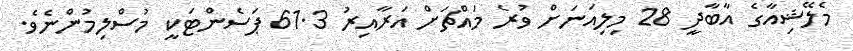
މެލޭޝިއާގެ އާބާދީ 28 މިލިއަނަށް ވުރެ މައްޗަށް އަރާއިރު 61.3 ޕަސެންޓަކީ މުސްލިމުންނެވެ.